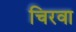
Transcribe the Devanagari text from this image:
चिरवा